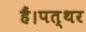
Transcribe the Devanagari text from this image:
हैं।पत्थर